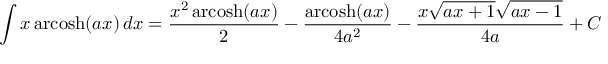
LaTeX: \int x \operatorname { a r c o s h } ( a x ) \, d x = { \frac { x ^ { 2 } \operatorname { a r c o s h } ( a x ) } { 2 } } - { \frac { \operatorname { a r c o s h } ( a x ) } { 4 a ^ { 2 } } } - { \frac { x { \sqrt { a x + 1 } } { \sqrt { a x - 1 } } } { 4 a } } + C